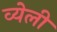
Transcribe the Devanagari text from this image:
व्येली